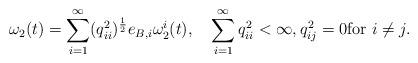
LaTeX: \begin{align*} \omega_2(t)=\sum_{i=1}^\infty (q_{ii}^2)^\frac12 e_{B,i} \omega_2^i(t), \quad\sum_{i=1}^\infty q_{ii}^2<\infty,q_{ij}^2=0\text{for }i\not=j. \end{align*}